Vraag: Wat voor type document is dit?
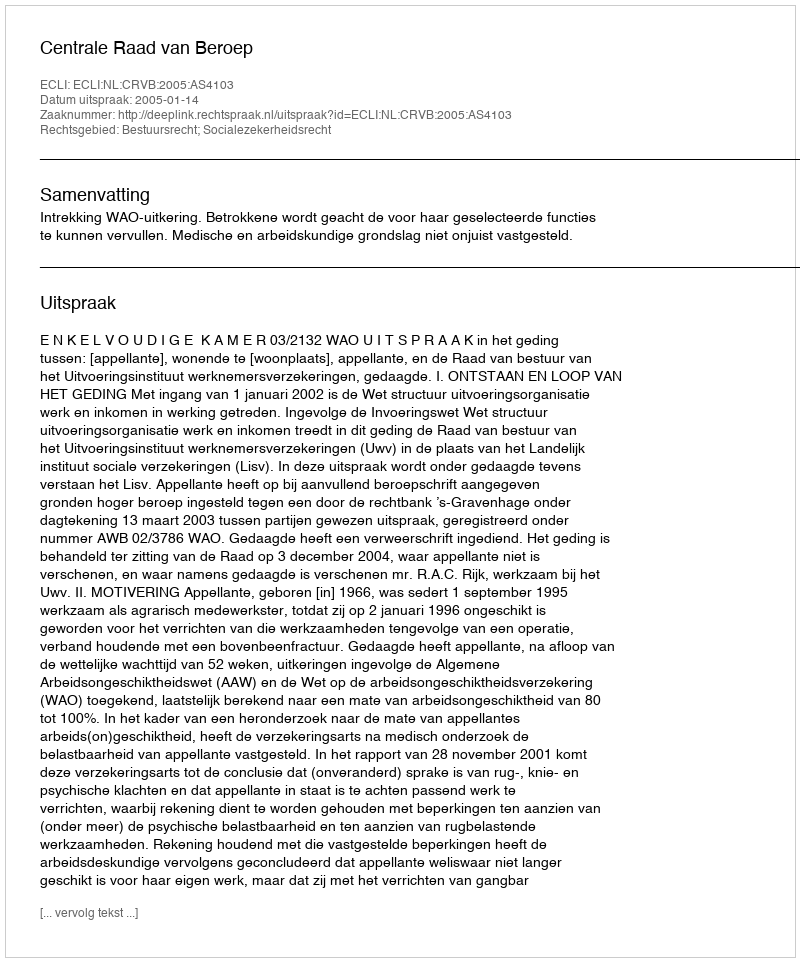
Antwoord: Uitspraak